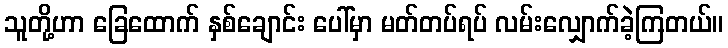
သူတို့ဟာ ခြေထောက် နှစ်ချောင်း ပေါ်မှာ မတ်တပ်ရပ် လမ်းလျှောက်ခဲ့ကြတယ်။